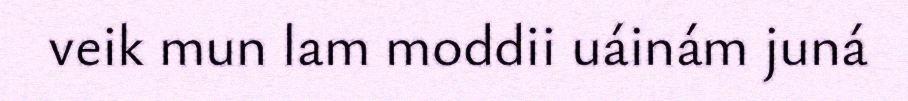
veik mun lam moddii uáinám juná